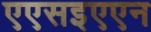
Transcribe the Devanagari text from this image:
एएसइएएन